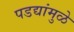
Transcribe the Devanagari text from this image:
पडद्यांमुळे